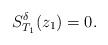
LaTeX: \begin{align*}S^\delta_{T_1}(z_1)=0.\end{align*}